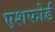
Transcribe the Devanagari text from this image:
एशफोर्ड